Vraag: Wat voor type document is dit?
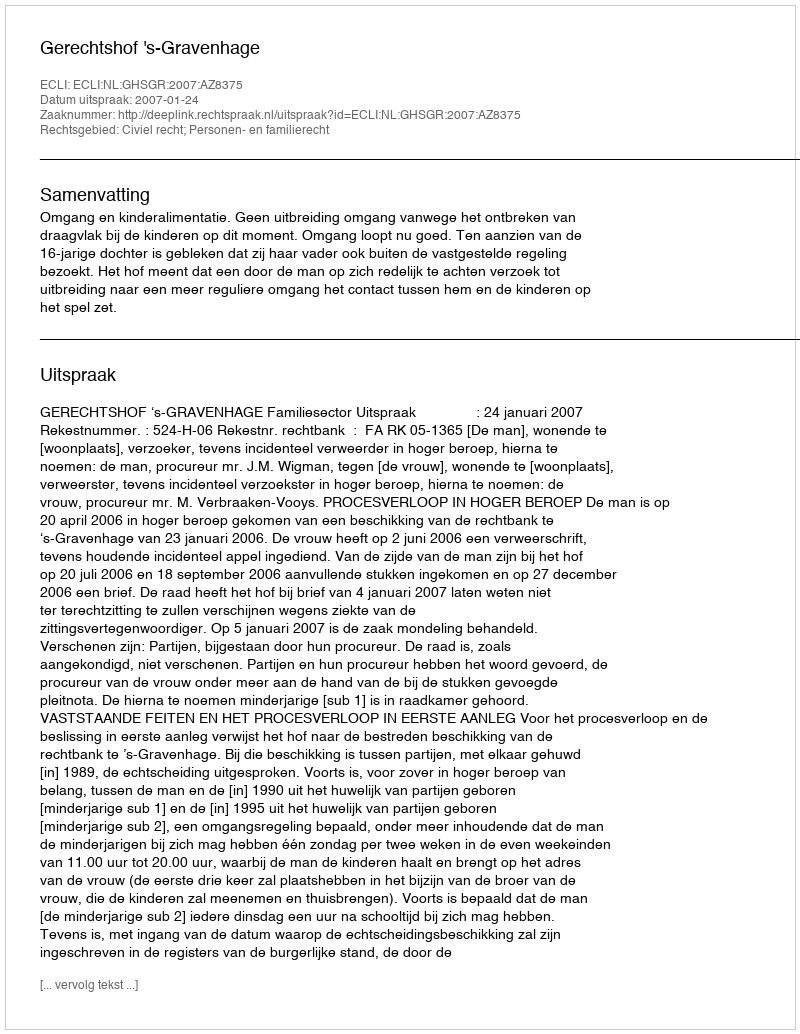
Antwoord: Uitspraak